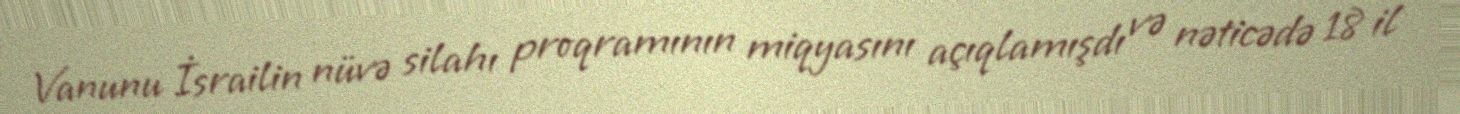
Vanunu İsrailin nüvə silahı proqramının miqyasını açıqlamışdı və nəticədə 18 il